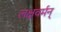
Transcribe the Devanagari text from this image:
लक्षवर्मन्‌